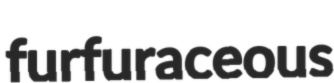
furfuraceous